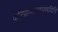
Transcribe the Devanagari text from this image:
करिप्राणत्राणप्रणयिनि